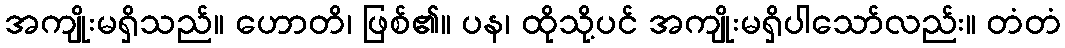
အကျိုးမရှိသည်။ ဟောတိ၊ ဖြစ်၏။ ပန၊ ထိုသို့ပင် အကျိုးမရှိပါသော်လည်း။ တံတံ